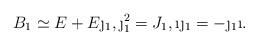
LaTeX: \begin{align*}B_1 \simeq E+E\j_1, \j_1^2= J_1, \i \j_1 = -\j_1 \i.\end{align*}